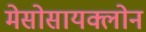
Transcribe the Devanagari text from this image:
मेसोसायक्लोन